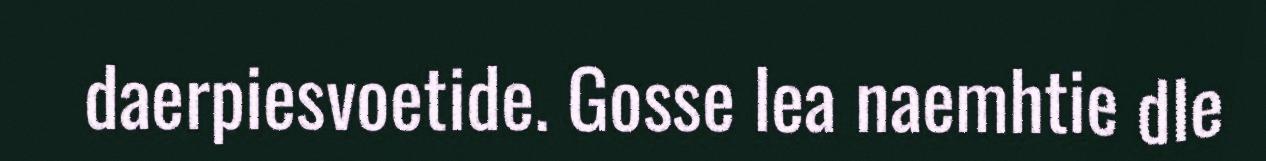
daerpiesvoetide. Gosse lea naemhtie dle